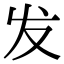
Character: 发